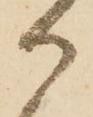
御